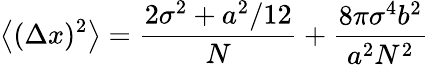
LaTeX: \left\langle(\Delta x)^{2}\right\rangle=\frac{2\sigma^{2}+a^{2}/12}{N}+\frac{8\pi\sigma^{4}b^{2}}{a^{2}N^{2}}